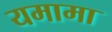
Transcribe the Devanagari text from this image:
यमामा